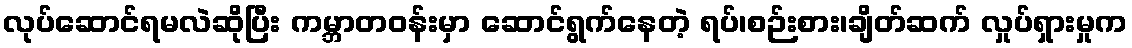
လုပ်ဆောင်ရမလဲဆိုပြီး ကမ္ဘာတဝန်းမှာ ဆောင်ရွက်နေတဲ့ ရပ်၊စဉ်းစား၊ချိတ်ဆက် လှုပ်ရှားမှုက